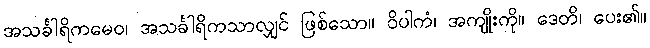
အသင်္ခါရိကမေဝ၊ အသင်္ခါရိကသာလျှင် ဖြစ်သော။ ဝိပါကံ၊ အကျိုးကို။ ဒေတိ၊ ပေး၏။